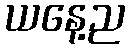
ယနေ့ည